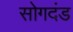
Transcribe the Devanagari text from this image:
सोगदंड